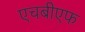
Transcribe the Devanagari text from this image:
एचबीएफ